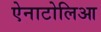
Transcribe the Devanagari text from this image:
ऐनाटोलिआ